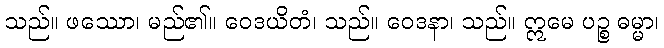
သည်။ ဖဿော၊ မည်၏။ ဝေဒယိတံ၊ သည်။ ဝေဒနာ၊ သည်။ ဣမေ ပဉ္စ ဓမ္မာ၊